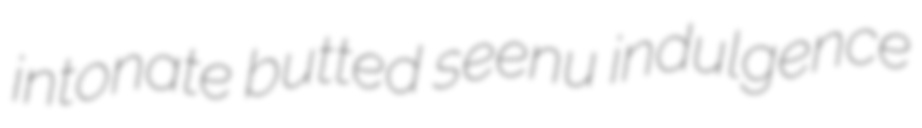
intonate butted seenu indulgence